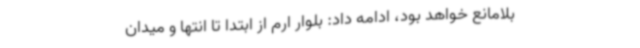
بلامانع خواهد بود، ادامه داد: بلوار ارم از ابتدا تا انتها و میدان